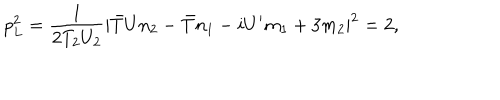
p _ { L } ^ { 2 } = \frac { 1 } { 2 T _ { 2 } U _ { 2 } } | { \bar { T } } U n _ { 2 } - { \bar { T } } n _ { 1 } - i U ^ { \prime } m _ { 1 } + 3 m _ { 2 } | ^ { 2 } = 2 ,